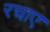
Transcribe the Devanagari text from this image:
रचाए